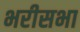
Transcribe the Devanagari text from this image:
भरीसभा